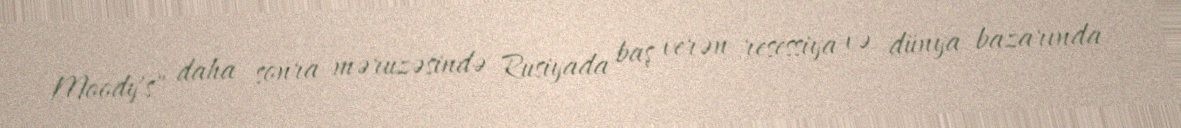
Moody's" daha sonra məruzəsində Rusiyada baş verən resessiya və dünya bazarında